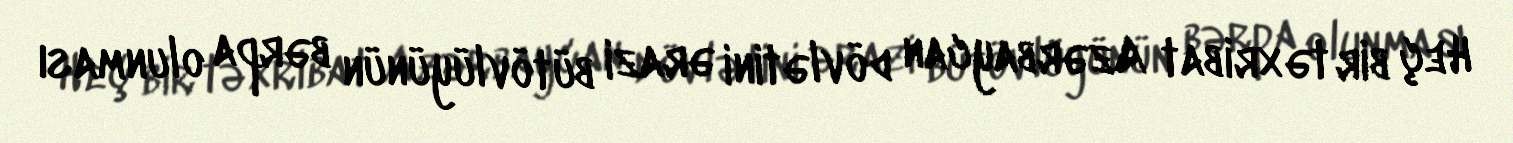
Heç bir təxribat Azərbaycan dövlətini ərazi bütövlüyünün bərpa olunması